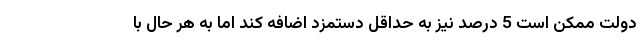
دولت ممکن است 5 درصد نیز به حداقل دستمزد اضافه کند اما به هر حال با